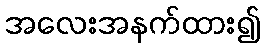
အလေးအနက်ထား၍